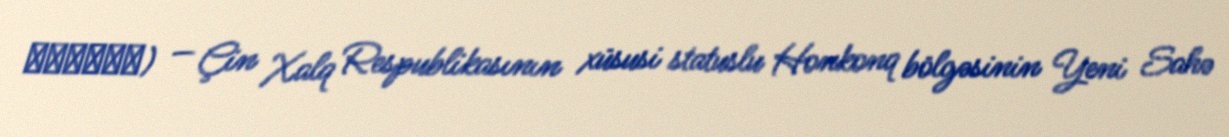
香港中文大學) — Çin Xalq Respublikasının xüsusi statuslu Honkonq bölgəsinin Yeni Sahə